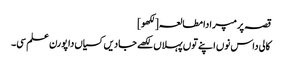
قصہ پرمپرا دا مطالعہ[لکھو]
کالی داس نوں اپنے توں پہلاں لکھے جادیں کسیاں دا پورن علم سی۔